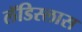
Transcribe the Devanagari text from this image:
लॅडिस्लास